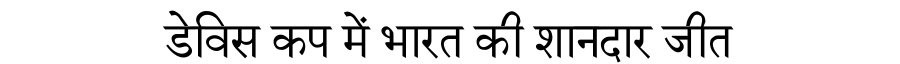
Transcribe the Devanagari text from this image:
डेविस कप में भारत की शानदार जीत